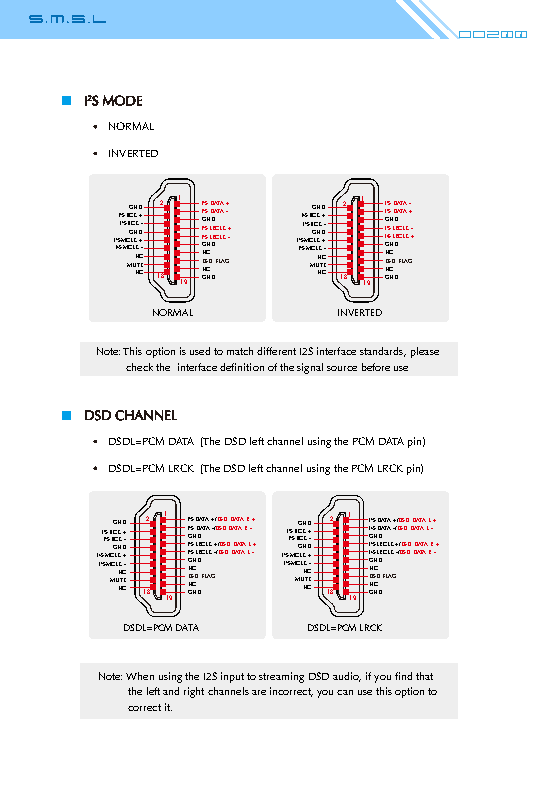
Do200
 I2S MODE
 NORMAL
 INVERTED
 I I2 2SI SI2 2 S MS M B MCB CG GC LC ULN NK K N NK K T D D C C + + E- - 12 8 1 19 I I I I G N D N GG2 2 2 2S S S S N C S C NN DL LD D D DD R R A A FC CT T LL LA A AK K G+ - + - I I2 2SI SI2 2 S M MS B MCB CG GC LC ULN NK K N NKK T D D C C + + E-- 12 8 1 19 I I I G N D N GGI2 2 2 2S S S S N C S C NN DL LD D D DD R R A A FC CT T LL LA A AK K G- + - +
 NORMAL      INVERTED
 Note: This option is used to match different I2S interface standards, please
 check the interface definition of the signal source before use
 DSD CHANNEL
 DSDL=PCM DATA (The DSD left channel using the PCM DATA pin)
 DSDL=PCM LRCK (The DSD left channel using the PCM LRCK pin)
 I I2 2SI SI2 2 S M MS B MCB CGG C LC ULNN K K
 N
 NKK
 T
 DD
 C C
 + + E-- 12
 8
 1
 19
 I I I I G
 N D N
 GG2 2 2 2S S S S N
 C S C
 NN DD D L L D DD R R A A FC CT T LL LA A AK K G+ - / + -/ D /D / DDSS SD SD DD D D DDAA AT AT TA TA A A R R L L - + -+ I I2 2SI SI2 2 MS MS B MCB CG GC LC ULN N KK
 N
 NKK
 T
 D D
 C C
 ++ E-- 12
 8
 1
 19
 I I I I G
 N D N
 GG2 2 2 2S S S S N
 C S C
 NN DD D L L D DD R R A A FC CT T LL LA A AK K G+ - / + -/ D /D / DDSS SD SD DD D D DDAA AT AT TA TA A A L L R R - + -+
 DSDL=PCM DATA DSDL=PCM LRCK
 Note: When using the I2S input to streaming DSD audio, if you find that
 the left and right channels are incorrect, you can use this option to
 correct it.